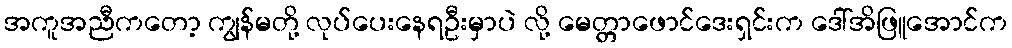
အကူအညီကတော့ ကျွန်မတို့ လုပ်ပေးနေရဦးမှာပဲ လို့ မေတ္တာဖောင်ဒေးရှင်းက ဒေါ်အိဖြူအောင်က